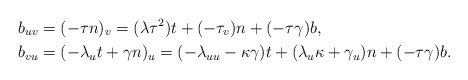
\begin{align*}b_{uv} & =(-\tau n)_{v}=(\lambda\tau^{2})t+(-\tau_{v})n+(-\tau\gamma)b,\\b_{vu} & =(-\lambda_{u}t+\gamma n)_{u}=(-\lambda_{uu}-\kappa\gamma)t+(\lambda_{u}\kappa+\gamma_{u})n+(-\tau\gamma)b.\end{align*}